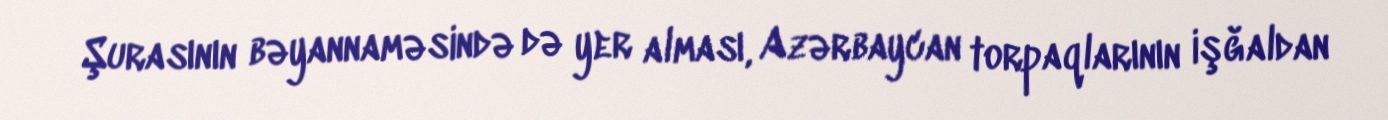
Şurasının bəyannaməsində də yer alması, Azərbaycan torpaqlarının işğaldan